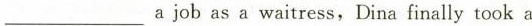
___ a job as a waitress,Dina finally took a